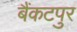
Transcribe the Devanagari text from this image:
बैंकटपुर